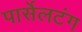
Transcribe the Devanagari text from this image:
पार्सेलटंग